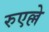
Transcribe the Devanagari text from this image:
रुएल्ले